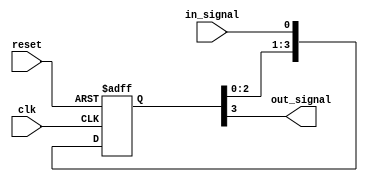
module four_flop_synchronizer (
    input wire clk,
    input wire reset,
    input wire in_signal,
    output reg out_signal
);

reg [3:0] ff; // Four flip-flops

always @(posedge clk or posedge reset) begin
    if (reset) begin
        ff <= 4'b0;
    end else begin
        ff <= {ff[2:0], in_signal}; // Delay input signal through series of flip-flops
    end
end

assign out_signal = ff[3]; // Output signal from last flip-flop

endmodule